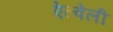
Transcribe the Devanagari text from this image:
ऐल्वेली